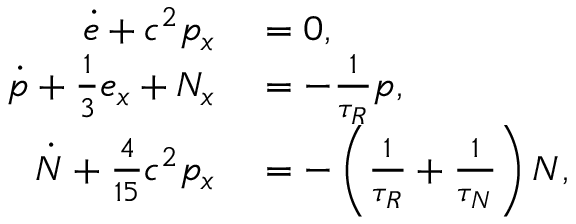
\begin{array} { r l } { \dot { e } + c ^ { 2 } p _ { x } } & { { } = 0 , } \\ { \dot { p } + \frac { 1 } { 3 } e _ { x } + N _ { x } } & { { } = - \frac { 1 } { \tau _ { R } } p , } \\ { \dot { N } + \frac { 4 } { 1 5 } c ^ { 2 } p _ { x } } & { { } = - \left( \frac { 1 } { \tau _ { R } } + \frac { 1 } { \tau _ { N } } \right) N , } \end{array}